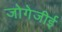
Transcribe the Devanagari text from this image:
जोगेजीई